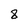
Character: 8